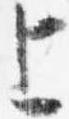
上